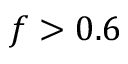
f > 0 . 6